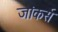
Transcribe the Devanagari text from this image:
जांकर्स